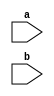
module two (a, b);
   input a, b;
   reg x;
endmodule